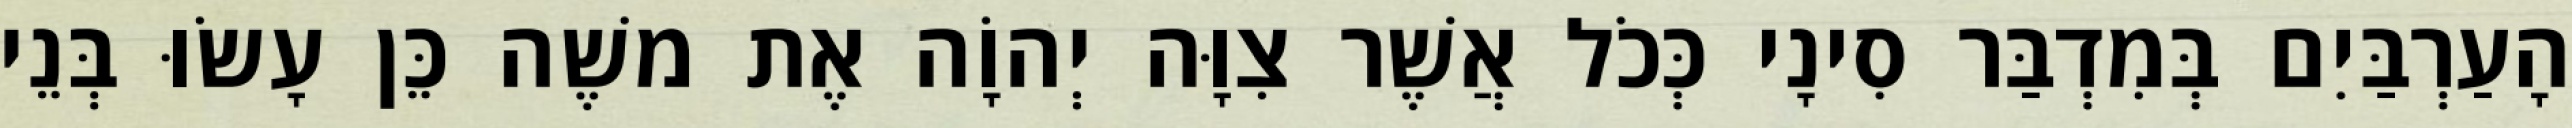
הָעַרְבַּיִם בְּמִדְבַּר סִינָי כְּכֹל אֲשֶׁר צִוָּה יְהוָֹה אֶת משֶׁה כֵּן עָשׂוּ בְּנֵי